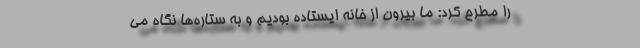
را مطرح کرد: ما بیرون از خانه ایستاده بودیم و به ستاره‌ها نگاه می